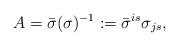
LaTeX: \begin{align*} A= \bar \sigma (\sigma)^{-1}:= \bar \sigma^{is}\sigma_{js}, \end{align*}